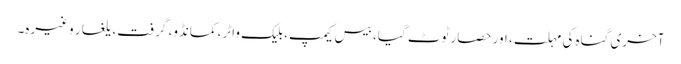
آخری گناہ کی مہلت، اور حصار ٹوٹ گیا، بیس کیمپ، بلیک واٹر، کمانڈو، گرفت، یلغار وغیرہ۔